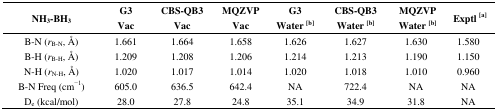
| NH3-BH3 | G3 Vac | CBS-QB3 Vac | MQZVP Vac | G3 Water[b] | CBS-QB3 Water[b] | <COLSPAN=2> MQZVP Water[b] | Exptl[a] |
 | --- | --- | --- | --- | --- | --- | --- | --- | --- |
 | B-N (rB-N, Å) | 1.661 | 1.664 | 1.658 | 1.626 | 1.627 | 1.630 | <COLSPAN=2> 1.580 |
 | B-H (rB-H, Å) | 1.209 | 1.208 | 1.206 | 1.214 | 1.213 | 1.190 | <COLSPAN=2> 1.150 |
 | N-H (rN-H, Å) | 1.020 | 1.017 | 1.014 | 1.020 | 1.018 | 1.010 | <COLSPAN=2> 0.960 |
 | B-N Freq (cm−1) | 605.0 | 636.5 | 642.4 | NA | 722.4 | NA | <COLSPAN=2> NA |
 | De (kcal/mol) | 28.0 | 27.8 | 24.8 | 35.1 | 34.9 | 31.8 | <COLSPAN=2> NA |